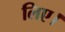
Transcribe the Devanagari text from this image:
लिए।